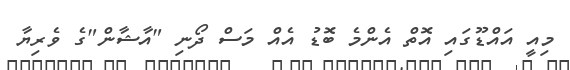
މިއީ އައްޑޫގައި އޮތް އެންމެ ބޮޑު އެއް މަސް ދޯނި "އާޝާން"ގެ ވެރިޔާ